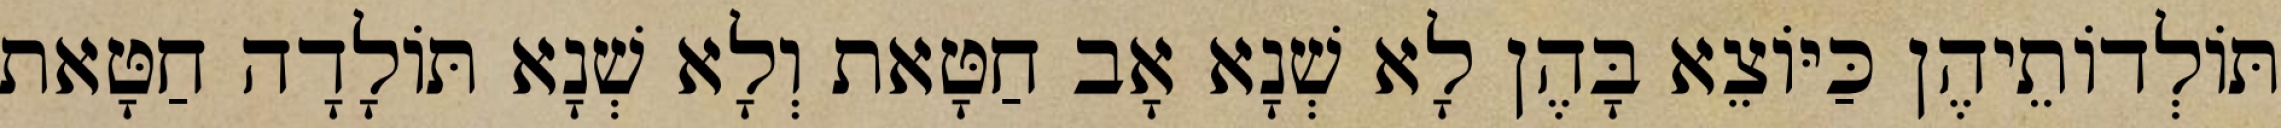
תּוֹלְדוֹתֵיהֶן כַּיּוֹצֵא בָּהֶן לָא שְׁנָא אָב חַטָּאת וְלָא שְׁנָא תּוֹלָדָה חַטָּאת